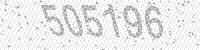
Solution: 505196